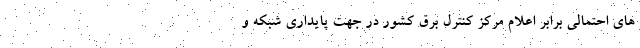
های احتمالی برابر اعلام مرکز کنترل برق کشور در جهت پایداری شبکه و